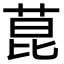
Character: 菎